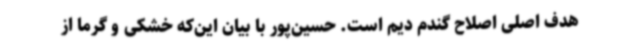
هدف اصلی اصلاح گندم دیم است. حسین‌پور با بیان این‌که خشکی و گرما از